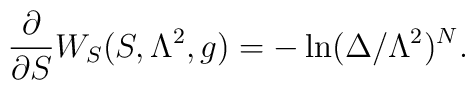
{\partial \over \partial S}W_S(S,\Lambda^2, g) = -\ln(\Delta/\Lambda^2)^N.